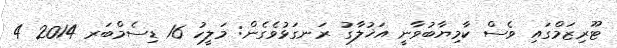
ޓޫރިޒަމްގައި ވެސް ކާމިޔާބުވާނީ އަޚުލާގު ރަނގަޅުވެގެން: މަލީހު 16 ޑިސެމްބަރ 2014 4